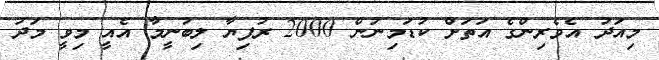
މިއަދު އެވެރިންގެ އަތަށް ކުޑަމިނުން 2000 ރުފިޔާ ލިބުނީމާ އެއީ މިވީ މަދު